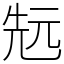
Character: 𠒑